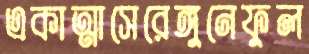
একাত্মাসেরেঙ্গুনেফুল